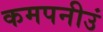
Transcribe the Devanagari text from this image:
कमपनीउं